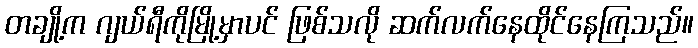
တချို့က ဂျယ်ရီကိုမြို့မှာပင် ဖြစ်သလို ဆက်လက်နေထိုင်နေကြသည်။